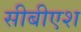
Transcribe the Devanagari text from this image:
सीबीएश